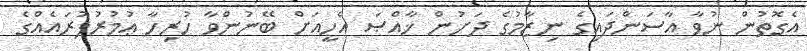
އެގޮތުން ނުވާ އާސަންދައިގެ ނިޒާމުގެ ދަށުން ޚާއްޞަ އެހީއަށް ބޭނުންވާ ހުރިހާ ޢުމުރުފުރައެއްގެ